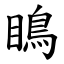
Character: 瞗